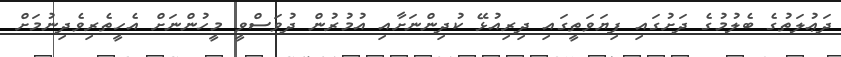
ދަޢުލަތުގެ ބެލުމުގެ ދަށުގައި ފިޔަވަތީގައި ދިރިއުޅޭ ކުދިންނަށާއި އުމުރުން ދުވަސްވީ މީހުންނަށް އެހީތެރިވެދިނުމަށް